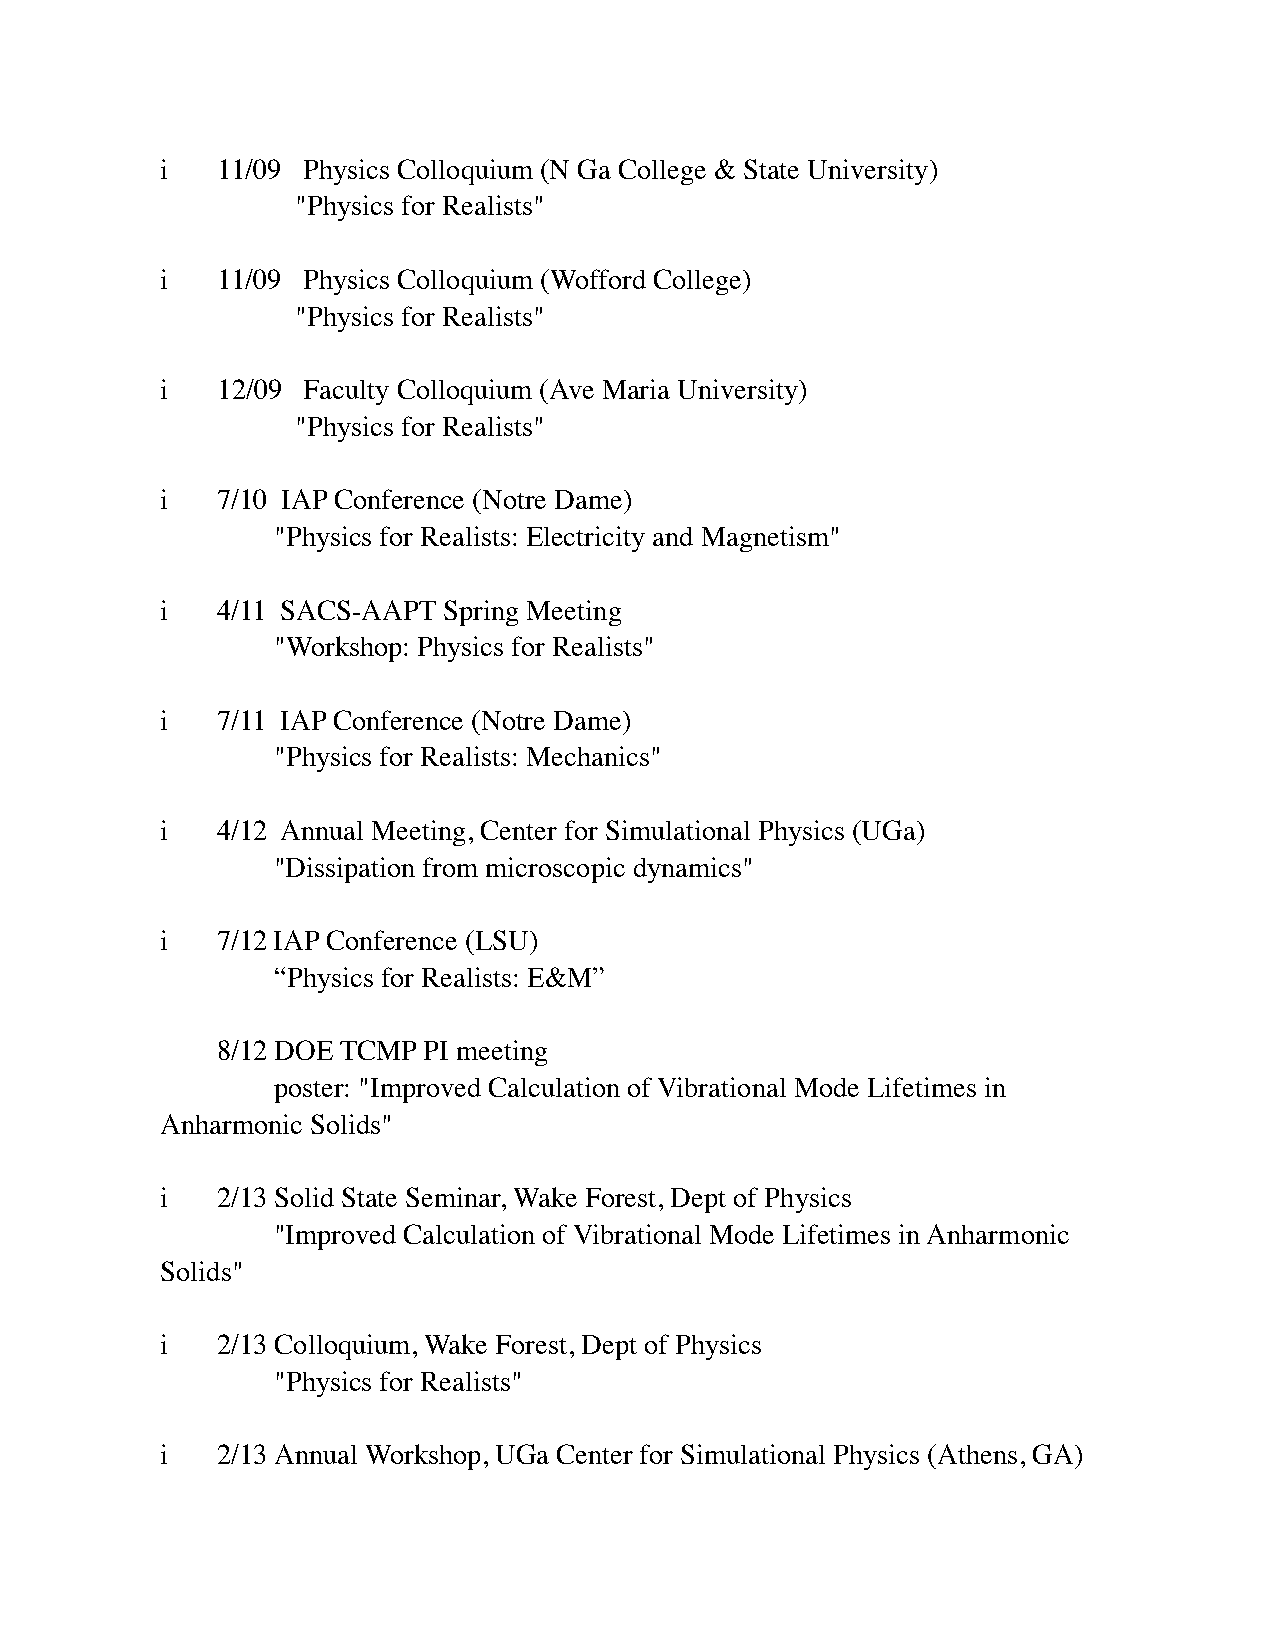
i  11/09 Physics Colloquium (N Ga College & State University)
 "Physics for Realists"
 i  11/09 Physics Colloquium (Wofford College)
 "Physics for Realists"
 i  12/09 Faculty Colloquium (Ave Maria University)
 "Physics for Realists"
 i  7/10 IAP Conference (Notre Dame)
 "Physics for Realists: Electricity and Magnetism"
 i  4/11 SACS-AAPT Spring Meeting
 "Workshop: Physics for Realists"
 i  7/11 IAP Conference (Notre Dame)
 "Physics for Realists: Mechanics"
 i  4/12 Annual Meeting, Center for Simulational Physics (UGa)
 "Dissipation from microscopic dynamics"
 i  7/12 IAP Conference (LSU)
 “Physics for Realists: E&M”
 8/12 DOE TCMP PI meeting
 poster: "Improved Calculation of Vibrational Mode Lifetimes in
 Anharmonic Solids"
 i  2/13 Solid State Seminar, Wake Forest, Dept of Physics
 "Improved Calculation of Vibrational Mode Lifetimes in Anharmonic
 Solids"
 i  2/13 Colloquium, Wake Forest, Dept of Physics
 "Physics for Realists"
 i  2/13 Annual Workshop, UGa Center for Simulational Physics (Athens, GA)